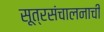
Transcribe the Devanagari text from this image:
सूत्रसंचालनाची